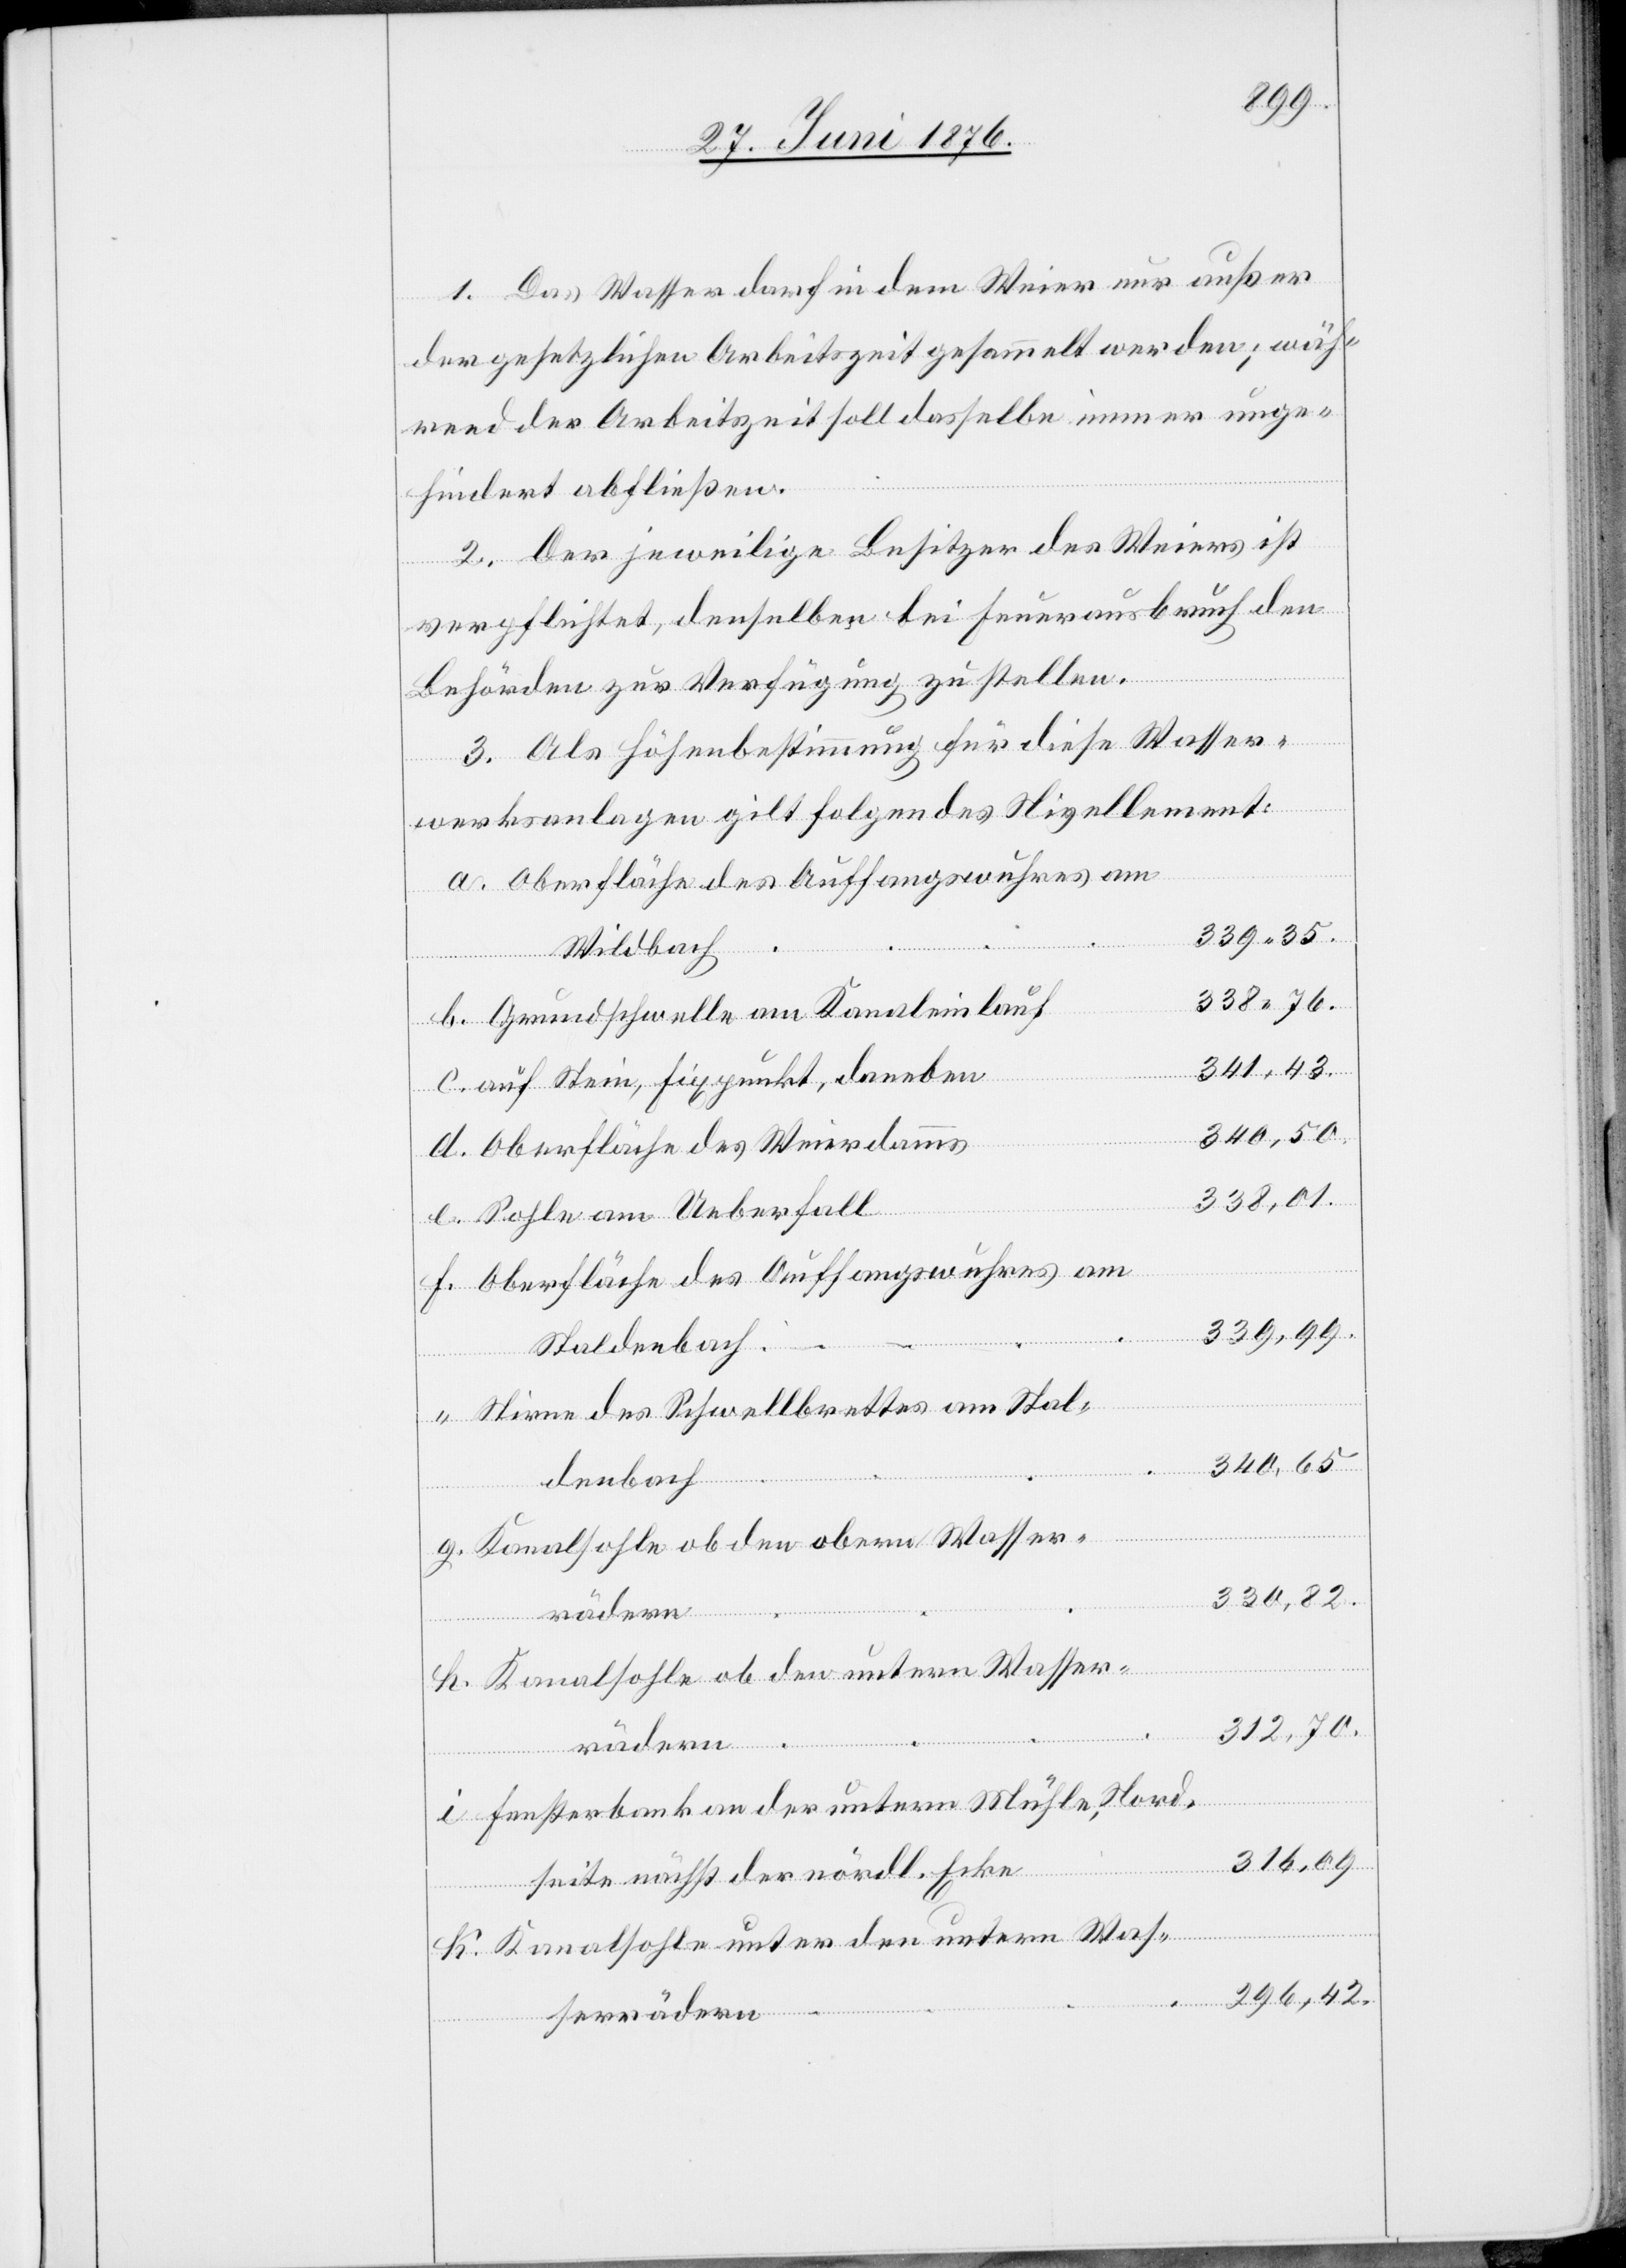
1. Das Wasser darf in dem Weier nur außer
“
den gesetzlichen Arbeitszeiten gesammelt werden; wäh¬
rend der Arbeitszeit soll dasselbe immer unge¬
hindert abfließen.
2. Der jeweilige Besitzer des Weiers ist
verpflichtet, denselben bei Feuerausbruch den
Behörden zur Verfügung zu stellen.
3. Als Höhenbestimmung für diese Wasser¬
werksanlagen gilt folgendes Nivellement:
339,35.
Wildbach
338,76.
Grundschwelle am Kanaleinlauf
341,43.
auf Stein, Fixpunkt daneben
340,50.
Oberfläche des Weierdamms
338,01.
Sohle am Ueberfall
Oberfläche des Auffangswuhres am
339,99.
Staldenbach
Stirne des Schwellbrettes am Stal¬
340,65.
k.
denbach
Kanalsohle ob den obern Wasser¬
330,82.
Kanalsohle ob den untern Wasser¬
312,70.
rädern
i.
Fensterbank an der untern Mühle, Nord¬
310,09.
seite nächst der nördl. Ecke
Kanalsohle unter den untern Was¬
296,42.
serrädern